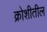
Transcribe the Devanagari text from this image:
क्रोशीतील